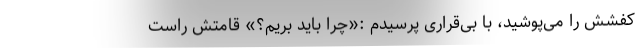
کفشش را می‌پوشید، با بی‌قراری پرسیدم :«چرا باید بریم؟» قامتش راست